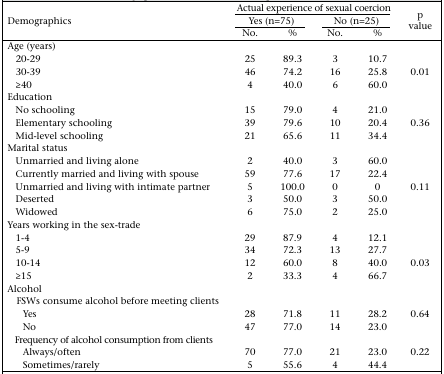
| <ROWSPAN=3> Demographics | <COLSPAN=4> Actual experience of sexual coercion | <ROWSPAN=3> p value |
 | <COLSPAN=2> Yes (n=75) | <COLSPAN=2> No (n=25) |
 | No. | % | No. | % |
 | --- | --- | --- | --- | --- | --- |
 | Age (years) |  |  |  |  |  |
 | 20–29 | 25 | 89.3 | 3 | 10.7 |  |
 | 30–39 | 46 | 74.2 | 16 | 25.8 | 0.01 |
 | ≥40 | 4 | 40.0 | 6 | 60.0 |  |
 | Education |  |  |  |  |  |
 | No schooling | 15 | 79.0 | 4 | 21.0 |  |
 | Elementary schooling | 39 | 79.6 | 10 | 20.4 | 0.36 |
 | Mid-level schooling | 21 | 65.6 | 11 | 34.4 |  |
 | Marital status |  |  |  |  |  |
 | Unmarried and living alone | 2 | 40.0 | 3 | 60.0 |  |
 | Currently married and living with spouse | 59 | 77.6 | 17 | 22.4 |  |
 | Unmarried and living with intimate partner | 5 | 100.0 | 0 | 0 | 0.11 |
 | Deserted | 3 | 50.0 | 3 | 50.0 |  |
 | Widowed | 6 | 75.0 | 2 | 25.0 |  |
 | Years working in the sex-trade |  |  |  |  |  |
 | 1–4 | 29 | 87.9 | 4 | 12.1 |  |
 | 5–9 | 34 | 72.3 | 13 | 27.7 |  |
 | 10–14 | 12 | 60.0 | 8 | 40.0 | 0.03 |
 | ≥15 | 2 | 33.3 | 4 | 66.7 |  |
 | Alcohol |  |  |  |  |  |
 | FSWs consume alcohol before meeting clients |  |  |  |  |  |
 | Yes | 28 | 71.8 | 11 | 28.2 | 0.64 |
 | No | 47 | 77.0 | 14 | 23.0 |  |
 | Frequency of alcohol consumption from clients |  |  |  |  |  |
 | Always/often | 70 | 77.0 | 21 | 23.0 | 0.22 |
 | Sometimes/rarely | 5 | 55.6 | 4 | 44.4 |  |